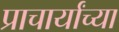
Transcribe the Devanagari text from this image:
प्राचार्यांच्या